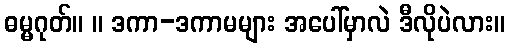
ဓမ္မဂုတ်။ ။ ဒကာ-ဒကာမများ အပေါ်မှာလဲ ဒီလိုပဲလား။